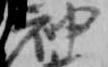
神